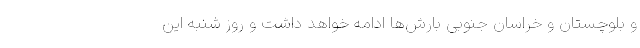
و بلوچستان و خراسان جنوبی بارش‌ها ادامه خواهد داشت و روز شنبه این